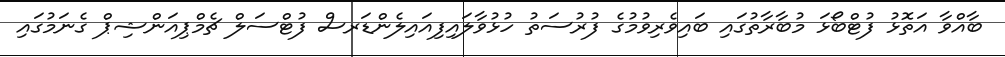
ބާއްވާ އަތޮޅު ފުޓްބޯޅަ މުބާރާތުގައި ބައިވެރިވުމުގެ ފުރުސަތު ހުޅުވާލައިފިއައިލެންޑަރސް ފުޓްސަލް ޗެމްޕިއަންޝިޕް ގެނަމުގައި